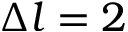
\Delta l = 2